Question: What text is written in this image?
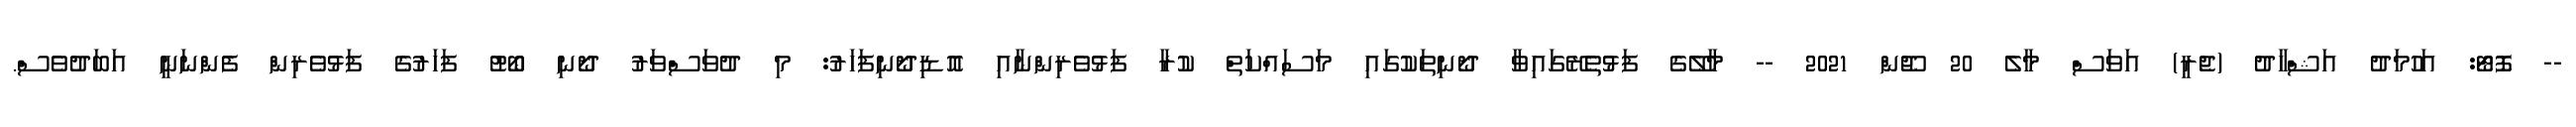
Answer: -- ފޮޓޯ: އަހުމަދު އަޝްހާދު (ޖެރީ) އަވަސް މާލެ 20 ޖޫން 2021 -- މާލޭގެ ފަޅުތެރޭގައިވާ ދޯނިތަކުގައި މަސައްކަތް ކުރާ ފަޅުވެރިންނާއި އޮޑިދޯނިފަހަރު: މި ދުވަސްވަރު ދޯނި ބޯޓު ފަހަރުގެ ފަޅުވެރިން ފެންނަނީ އަބަދުވެސް.